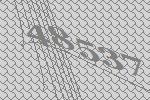
48537